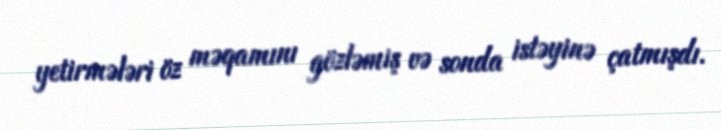
yetirmələri öz məqamını gözləmiş və sonda istəyinə çatmışdı.